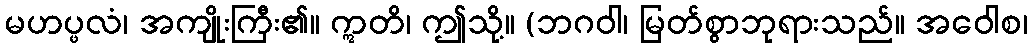
မဟပ္ဖလံ၊ အကျိုးကြီး၏။ ဣတိ၊ ဤသို့။ (ဘဂဝါ၊ မြတ်စွာဘုရားသည်။ အဝေါစ၊